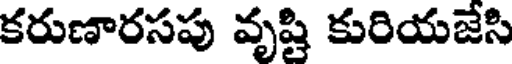
కరుణారసపు వృష్టి కురియజేసి